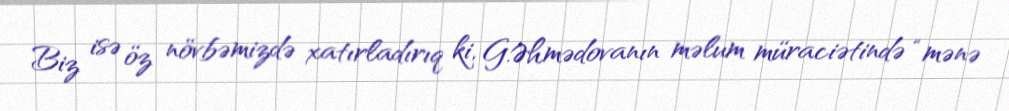
Biz isə öz növbəmizdə xatırladırıq ki, G.Əhmədovanın məlum müraciətində “mənə